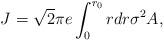
LaTeX: \begin{align*}J= \sqrt{2} \pi e\int_0^{r_0} r dr \sigma^2 A,\end{align*}